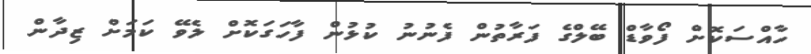
ހާއްސަކޮށް ފޯވާޑް ބޭލްގެ ފަރާތުން ފެނުނު ކުޅުން ފާހަގަކޮށް ލެވޭ ކަމަށް ޒިދާން